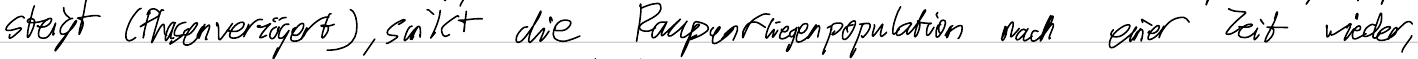
steigt (Phasenverzögert), sinkt die Raupenfliegenpopulation nach einer Zeit wieder,